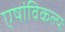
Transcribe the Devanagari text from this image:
एषांविकल्पः